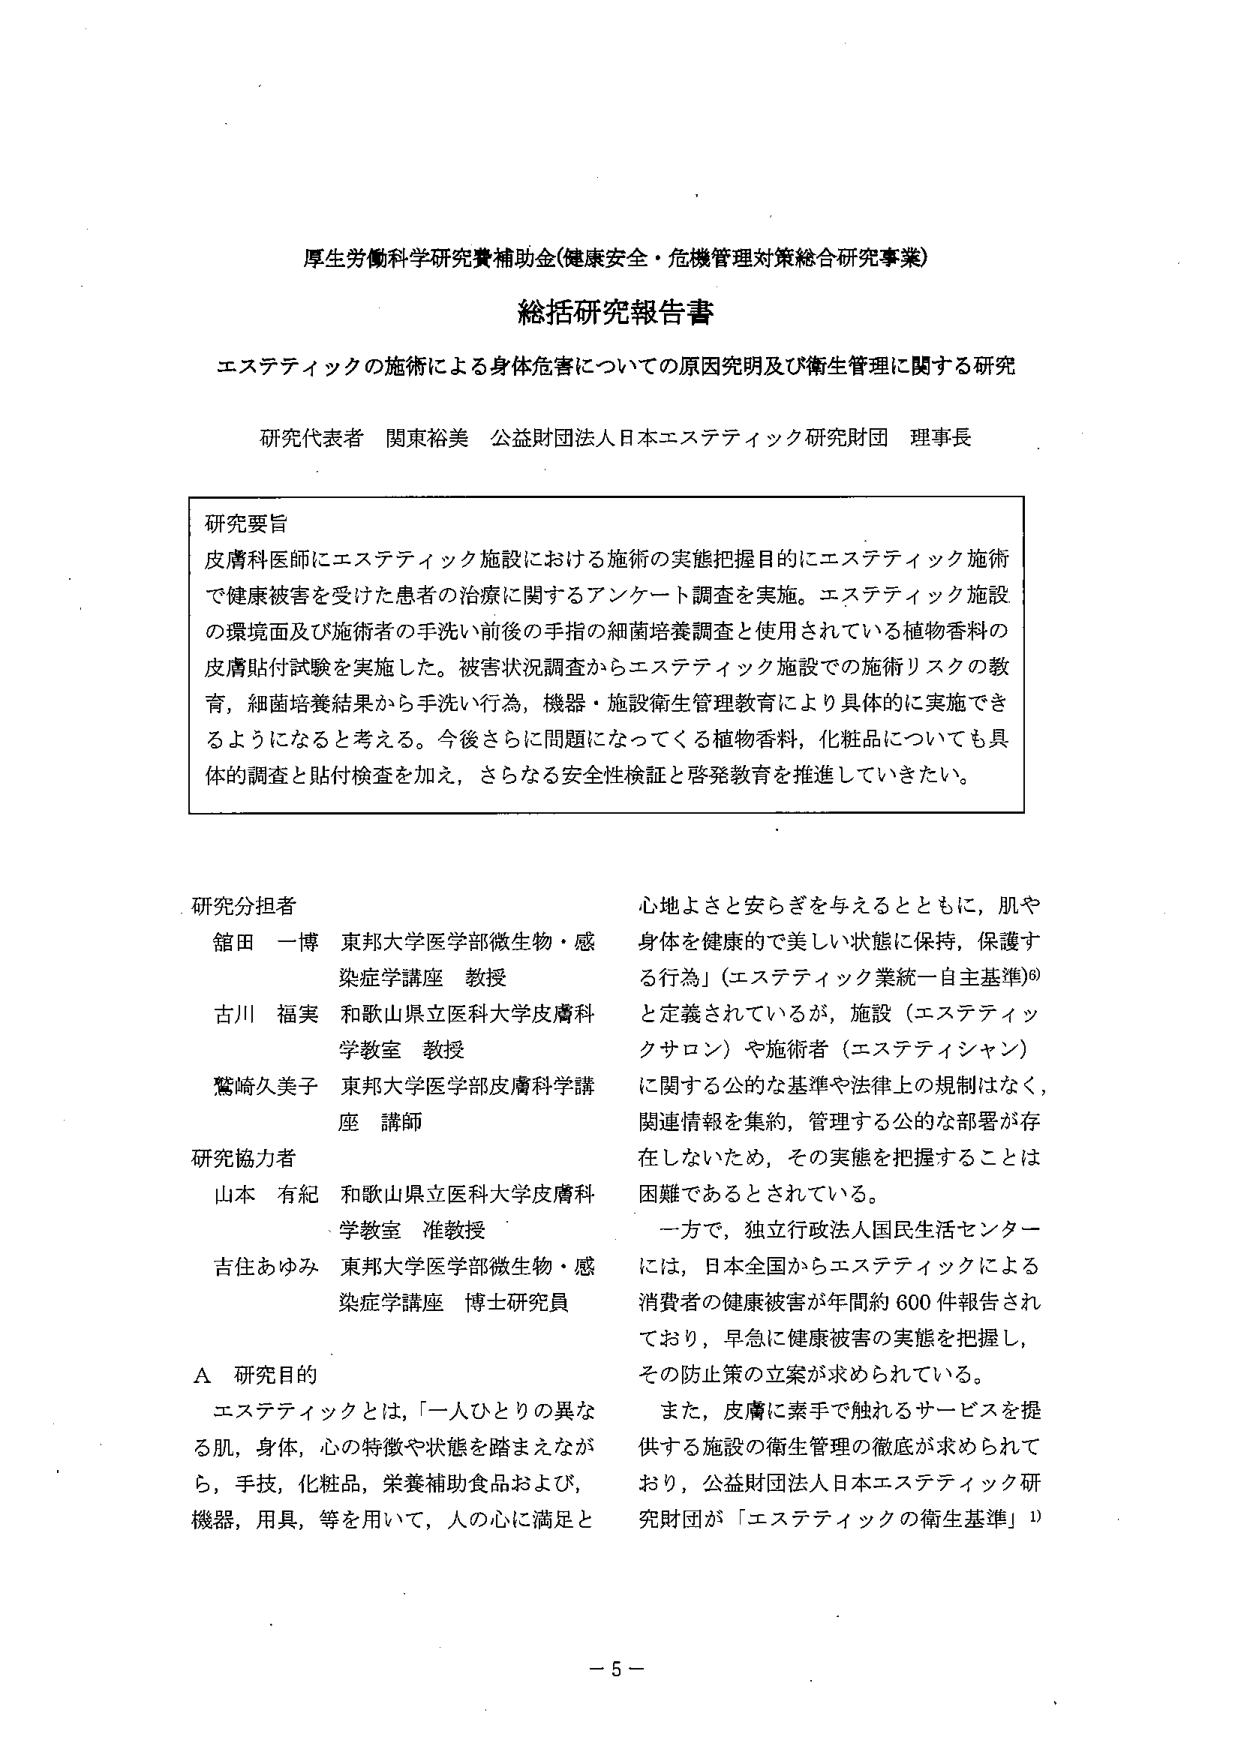
厚生労働科学研究費補助金(健康安全・危機管理対策総合研究事業)
総括研究報告書
エステティックの施術による身体危害についての原因究明及び衛生管理に関する研究
研究代表者 関東裕美 公益財団法人日本エステティック研究財団 理事長

研究要旨
皮膚科医師にエステティック施設における施術の実態把握目的にエステティック施術で健康被害を受けた患者の治療に関するアンケート調査を実施。エステティック施設の環境面及び施術者の手洗い前後の手指の細菌培養調査と使用されている植物香料の皮膚貼付試験を実施した。被害状況調査からエステティック施設での施術リスクの教育，細菌培養結果から手洗い行為，機器・施設衛生管理教育により具体的に実施できるようになると考える。今後さらに問題になってくる植物香料，化粧品についても具体的な調査と貼付検査を加え，さらなる安全性検証と啓発教育を推進していきたい。

研究分担者
舘田 一博 東邦大学医学部微生物・感染症学講座 教授
古川 福実 和歌山県立医科大学皮膚科学教室 教授
鷲崎久美子 東邦大学医学部皮膚科学講座 講師

研究協力者
山本 有紀 和歌山県立医科大学皮膚科学教室 准教授
吉住あゆみ 東邦大学医学部微生物・感染症学講座 博士研究員

A 研究目的
エステティックとは，「一人ひとりの異なる肌，身体，心の特徴や状態を踏まえながら，手技，化粧品，栄養補助食品および，機器，用具，等を用いて，人の心に満足と心地よさと安らぎを与えるとともに，肌や身体を健康的で美しい状態に保持，保護する行為」（エステティック業統一自主基準）⑥と定義されているが，施設（エステティックサロン）や施術者（エステティシャン）に関する公的な基準や法律上の規制はなく，関連情報を集約，管理する公的な部署が存在しないため，その実態を把握することは困難であるとされている。
一方で，独立行政法人国民生活センターには，日本全国からエステティックによる消費者の健康被害が年間約600件報告されており，早急に健康被害の実態を把握し，その防止策の立案が求められている。
また，皮膚に素手で触れるサービスを提供する施設の衛生管理の徹底が求められており，公益財団法人日本エステティック研究財団が「エステティックの衛生基準」①

－5－